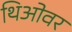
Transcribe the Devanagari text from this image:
थिओवर